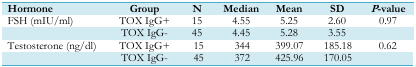
| Hormone | Group | N | <COLSPAN=3> Median | Mean | <COLSPAN=2> SD | <COLSPAN=2> P-value |
 | --- | --- | --- | --- | --- | --- | --- | --- | --- | --- | --- |
 | FSH (mIU/ml) | TOX IgG+ | 15 | <COLSPAN=3> 4.55 | 5.25 | <COLSPAN=2> 2.60 | <COLSPAN=2> 0.97 |
 |  | TOX IgG- | 45 | <COLSPAN=3> 4.45 | 5.28 | <COLSPAN=2> 3.55 | <COLSPAN=2>  |
 | Testosterone (ng/dl) | TOX IgG+ | <COLSPAN=2> 15 | 344 | <COLSPAN=3> 399.07 | 185.18 | 0.62 |
 |  | TOX IgG- | <COLSPAN=2> 45 | 372 | <COLSPAN=3> 425.96 | 170.05 |  |